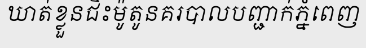
ឃាត់ខ្លួនជិះម៉ូតូនគរបាលបញ្ជាក់ភ្នំពេញ